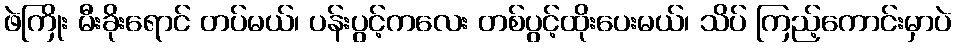
ဖဲကြိုး မီးခိုးရောင် တပ်မယ်၊ ပန်းပွင့်ကလေး တစ်ပွင့်ထိုးပေးမယ်၊ သိပ် ကြည့်ကောင်းမှာပဲ